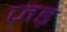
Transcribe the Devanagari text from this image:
ज़ड़